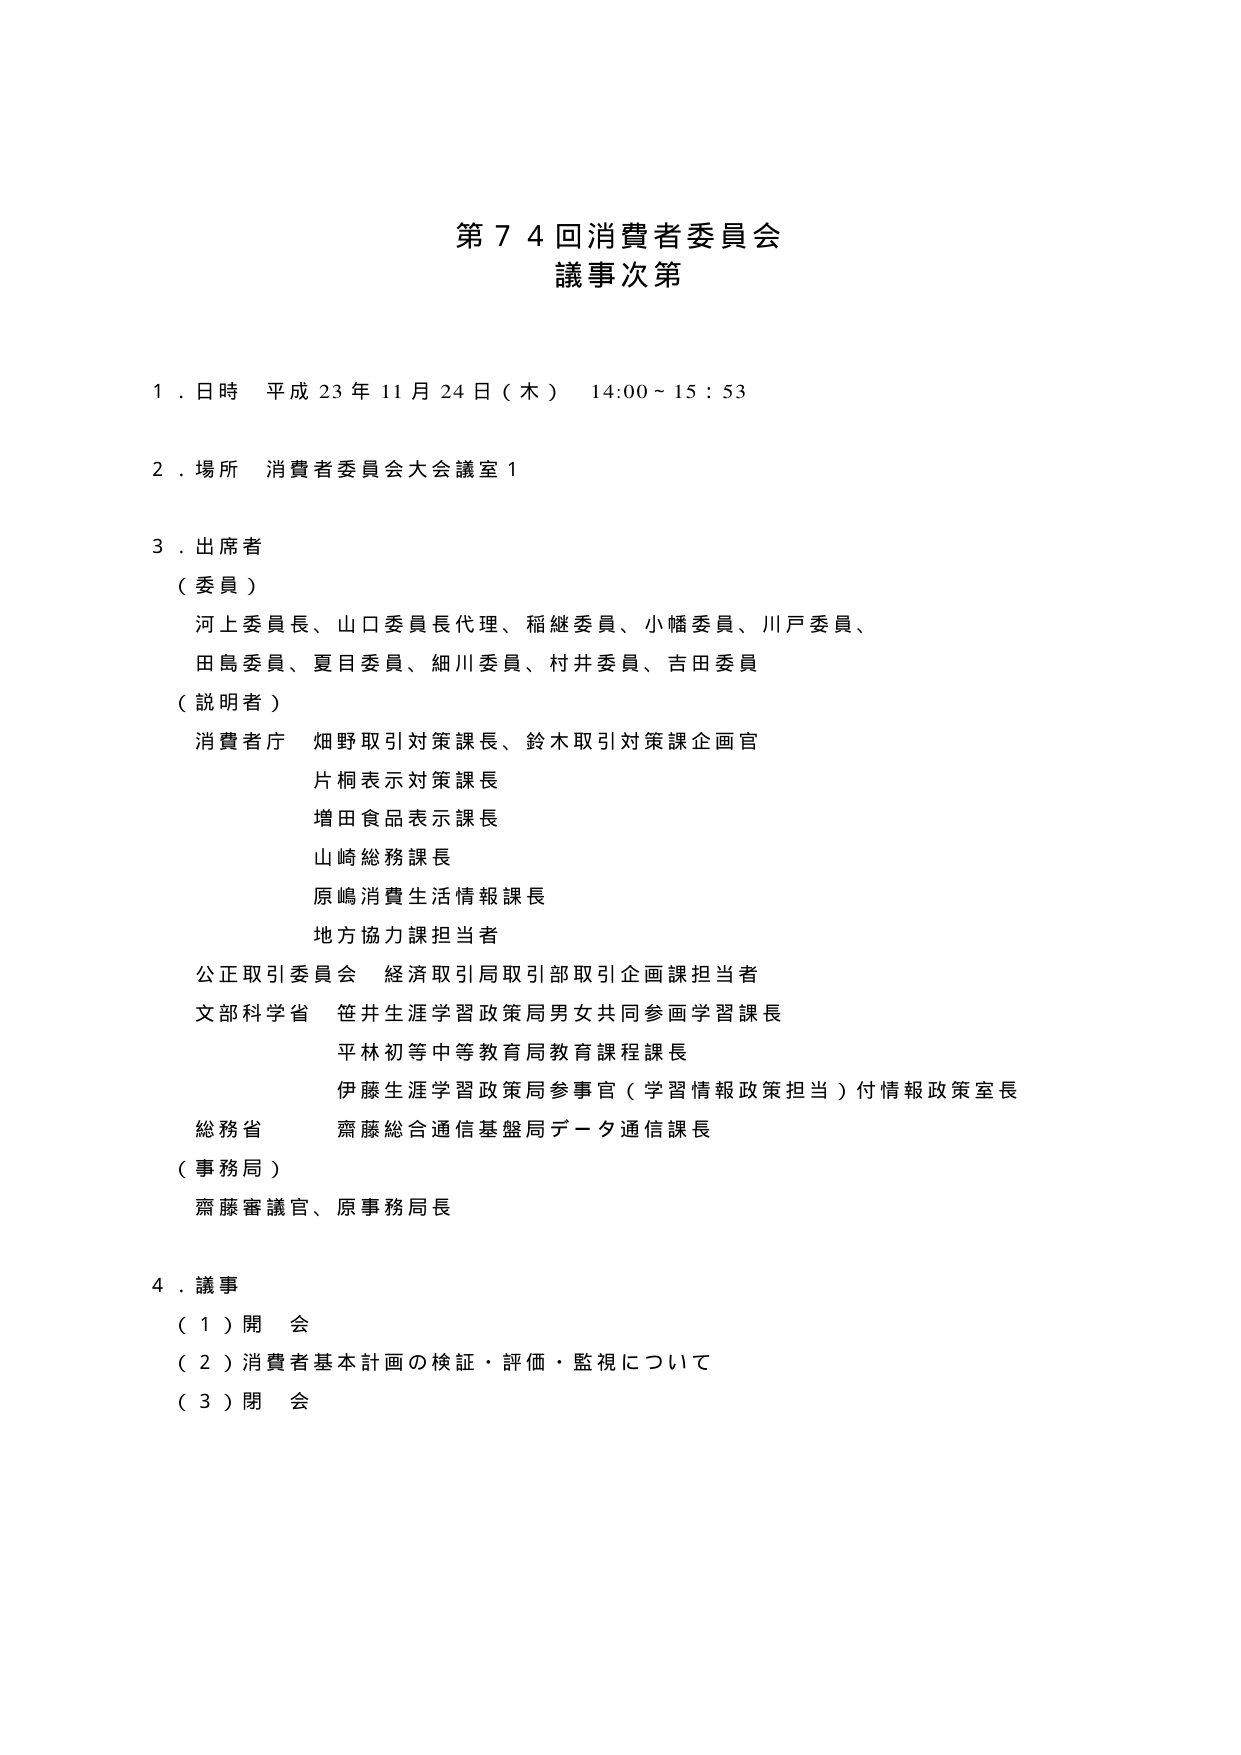
第７４回消費者委員会
議事次第

１．日時 平成23年11月24日（木） 14:00～15:53

２．場所 消費者委員会大会議室１

３．出席者
（委員）
　河上委員長、山口委員長代理、稲継委員、小幡委員、川戸委員、
　田島委員、夏目委員、細川委員、村井委員、吉田委員
（説明者）
　消費者庁 畑野取引対策課長、鈴木取引対策課企画官
　　片桐表示対策課長
　　増田食品表示課長
　　山崎総務課長
　　原嶋消費生活情報課長
　　地方協力課担当者
　公正取引委員会 経済取引局取引部取引企画課担当者
　文部科学省 笹井生涯学習政策局男女共同参画学習課長
　　平林初等中等教育局教育課程課長
　　伊藤生涯学習政策局参事官（学習情報政策担当）付情報政策室長
　総務省 齋藤総合通信基盤局データ通信課長
（事務局）
　齋藤審議官、原事務局長

４．議事
（１）開会
（２）消費者基本計画の検証・評価・監視について
（３）閉会